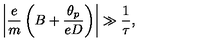
\left\vert \frac { e } { m } \left( B + \frac { \theta _ { p } } { e D } \right) \right\vert \gg \frac { 1 } { \tau } ,